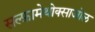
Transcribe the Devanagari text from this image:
सल्‍फ़ामेथोक्‍साजोल